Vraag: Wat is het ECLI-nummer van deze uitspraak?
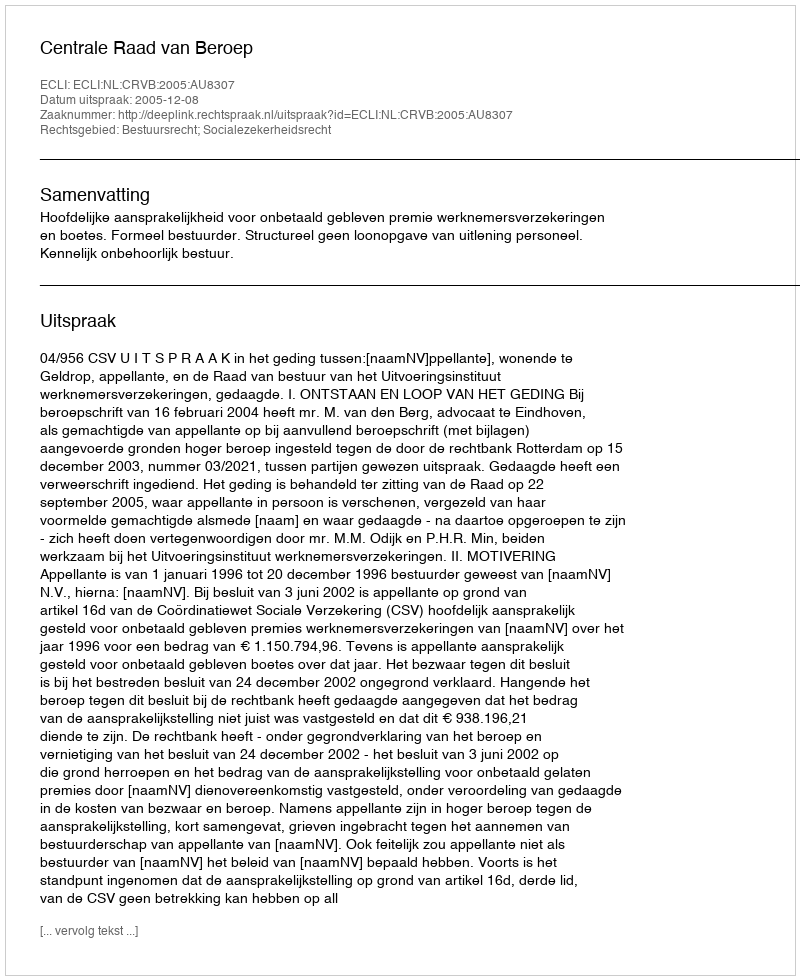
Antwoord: ECLI:NL:CRVB:2005:AU8307